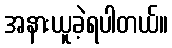
အနားယူခဲ့ရပါတယ်။